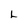
Character: L